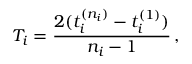
T _ { i } = \frac { 2 ( t _ { i } ^ { ( n _ { i } ) } - t _ { i } ^ { ( 1 ) } ) } { n _ { i } - 1 } \, ,